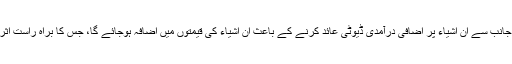
ایف بی آر کی جانب سے ان اشیاء پر اضافی درآمدی ڈیوٹی عائد کرنے کے باعث ان اشیاء کی قیمتوں میں اضافہ ہوجائے گا، جس کا براہ راست اثر عوام پرپڑیگا۔